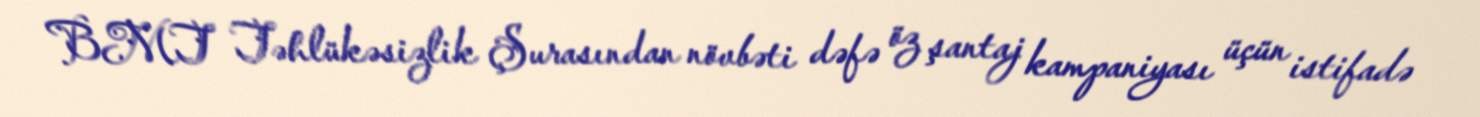
BMT Təhlükəsizlik Şurasından növbəti dəfə öz şantaj kampaniyası üçün istifadə